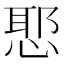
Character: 𭝤